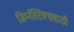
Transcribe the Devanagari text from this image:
जिम्नॅस्टिक्ससाठी